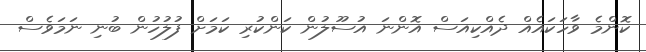
ކޮންމެ ވާހަކައެއް ދެއްކިއަސް އޮންނަ އުސޫލުން ކަންކުރި ކަމަށް ފުލުހުން ބުނި ނަމަވެސް